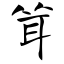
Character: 耸